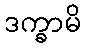
ဒက္ခာမိ